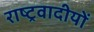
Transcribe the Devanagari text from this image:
राष्ट्रवादीयों